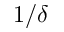
1 / \delta